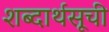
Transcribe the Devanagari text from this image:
शब्दार्थसूची